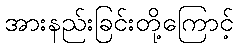
အားနည်းခြင်းတို့ကြောင့်